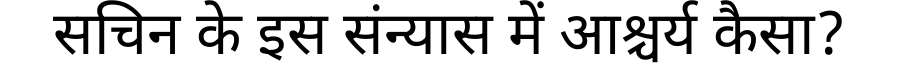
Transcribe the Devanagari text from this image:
सचिन के इस संन्यास में आश्चर्य कैसा?